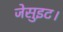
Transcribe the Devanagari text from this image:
जेसुइट।